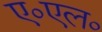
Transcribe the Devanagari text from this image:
ए०एल०